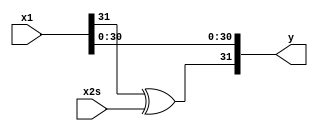
`timescale 1ns / 100ps
`default_nettype none

module fsgnjx_s (x1, x2s, y);
    input wire [31:0] x1;
    input wire x2s;
    output [31:0] y;

    wire [31:0] y;

    assign y = {x1[31] ^ x2s, x1[30:0]};    
endmodule